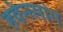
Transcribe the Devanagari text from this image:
हवेनसांग